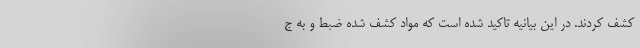
کشف کردند. در این بیانیه تاکید شده است که مواد کشف شده ضبط و به ج